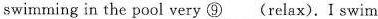
swimming in the pool very ⑨___(relax).Iswim